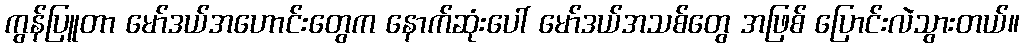
ကွန်ပြူတာ မော်ဒယ်အဟောင်းတွေက နောက်ဆုံးပေါ် မော်ဒယ်အသစ်တွေ အဖြစ် ပြောင်းလဲသွားတယ်။